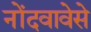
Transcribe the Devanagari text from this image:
नोंदवावेसे